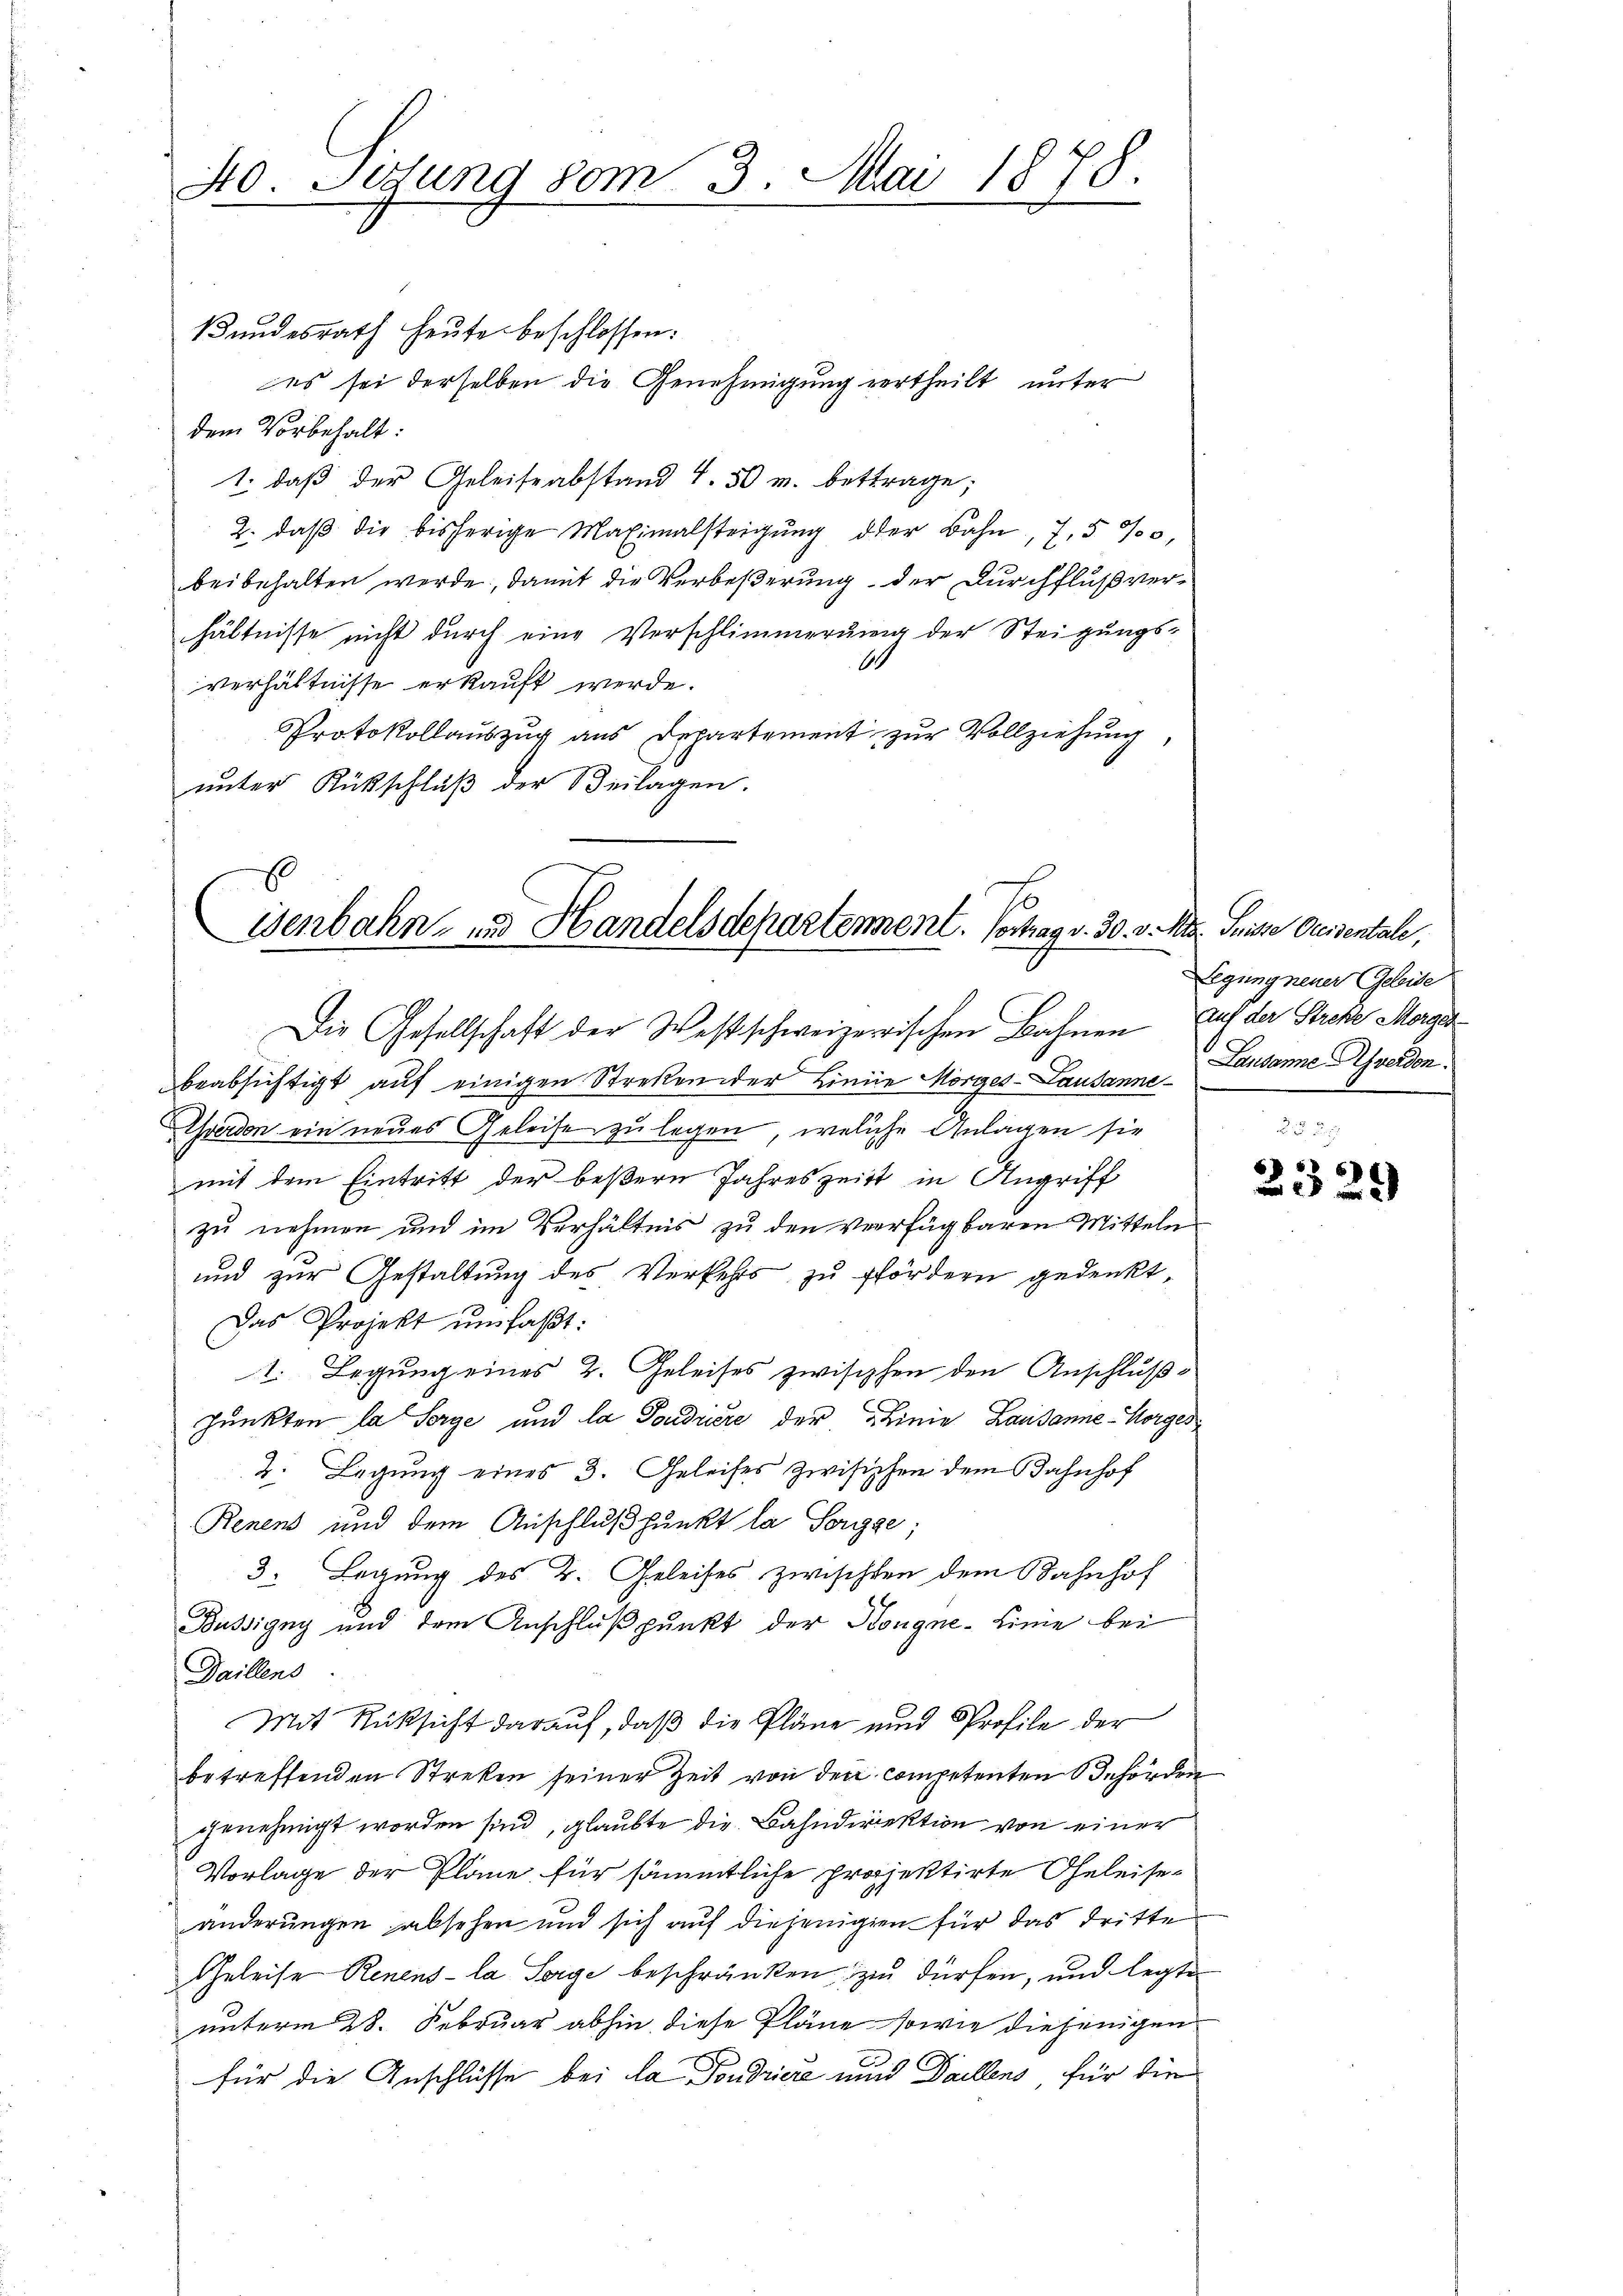
So. Sedung vom 3. Mai 1878.
u

Bundesrath heute beschlossen:
es sei derselben die Genehmigung vertheilt unter
dem Vorbehalt:
1. daβ der Geleise abstand 4. 50 u. betrage;
2. daβ die bisherige Maximalsteigŭng der Bahn 7,5 %,
beibehalten werde, damit die Verbeßerung der Durchflußverhältnisse nicht durch eine Verschlimmerung der Steigungs-
60
verhältnisse erkauft werde.
Protokollauszug aus Departement zur Vollziehung,
unter Rückschluß der Beilagen.

Senbahn- und Handelsdepartement. Vortrag v. 30. v. Mts. Suisse Occisentale,
Die Gesellschaft der Westschweizerrischen Bahnen auf der Streke Morget

beabsichtigt auf einigen Streken der Linie Morges - Lausanne
verdon ein neues Geleise zu legen, welche Anlagen sie
mit dem Eintritt der beßern Jahreszeitt in Angriff
zu nehmen und im Verhältnis zu den Verfügbaren Mitteln
und zur Gestaltung des Verkehrs zu fördern gedenkt,
Das Projekt umfaßt:
1. Legung eines 2. Geleises zwischen den Anschluße
punkten la Sorge und la Pondiere der Linie Lausanne - Horges
2. Legung eines 3. Geleises zwisischen dem Bahnhof
Renens und dem Anschlußpunkt la Sorgge;
3. Legung des 2. Geleises zwischten dem Bahnhof
Bußigny und dem Anschlußpunkt der Hongne-Lime bei
Daillens.
Mit Rücksicht darauf, daß die Pläne und Profile der
betreffenden Streken seiner Zeit von den competenten Behörden
genehmigt worden sind, glaubte die Bahndirektion von einer
Vorlage der Pläne für sämmtliche projektirte Geleiseänderungen absehen und sich auf diejenigen für das dritte
Geleise Renens- la Sorge beschränken zu dürfen, und legte
unterm 28. Februar abhin diese Pläne sowie diejenigen
für die Anschlüsse bei la Pondriere und Daillens, für die

Legung neuer Geleise
Landamne freien.

65
e
 xx